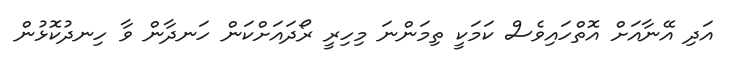
އަދި އޭނާއަށް އޮތްހައިވެސް ކަމަކީ ތިމަންނަ މިހިރީ ރޯދައަށްކަން ހަނދާން ވާ ހިނދުކޮޅުން